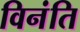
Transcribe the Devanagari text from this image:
विनंति